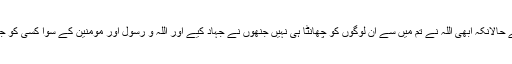
امین احسن اصلاحی کیا تم نے یہ گمان کر رکھا ہے کہ یوں ہی چھوڑ دیے جاؤ گے حالانکہ ابھی اللہ نے تم میں سے ان لوگوں کو چھانٹا ہی نہیں جنھوں نے جہاد کیے اور اللہ و رسول اور مومنین کے سوا کسی کو جنھوں نے دوست نہیں بنایا اور جو کچھ تم کر رہے ہو اللہ اس سے خوب باخبر ہے۔